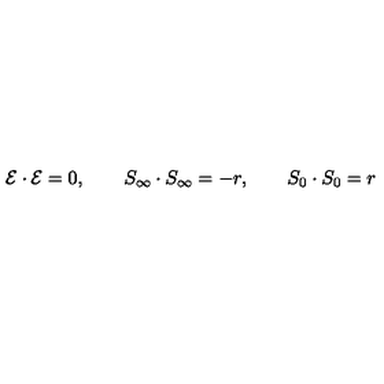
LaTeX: { \cal { E } } \cdot { \cal { E } } = 0 , \qquad S _ { \infty } \cdot S _ { \infty } = - r , \qquad S _ { 0 } \cdot S _ { 0 } = r